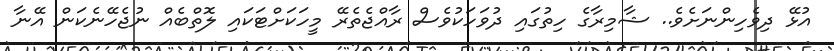
އުޅޭ ދިވެހިންނަށެވެ.. ޝާމިރާގެ ހިތުގައި ދުވަހަކުވެސް ރާއްޖެތެރޭ މީހަކަށްޓަކައި ލޮތްބެއް ނުޖެހޭނެކަން އޭނާ